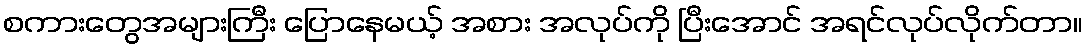
စကားတွေအများကြီး ပြောနေမယ့် အစား အလုပ်ကို ပြီးအောင် အရင်လုပ်လိုက်တာ။